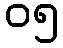
၀၅